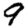
Digit: 9